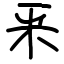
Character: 釆